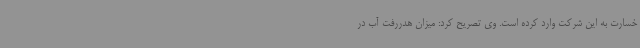
خسارت به این شرکت وارد کرده است. وی تصریح کرد: میزان هدررفت آب در